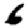
Digit: 6